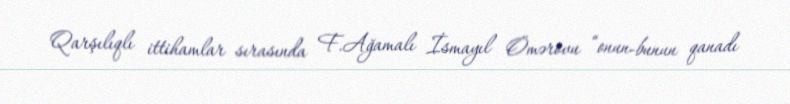
Qarşılıqlı ittihamlar sırasında F.Ağamalı İsmayıl Ömərovu “onun-bunun qanadı